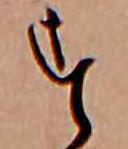
す